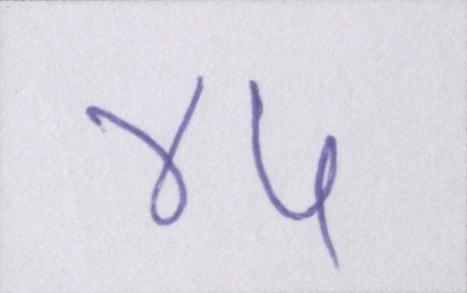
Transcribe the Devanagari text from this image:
४५